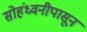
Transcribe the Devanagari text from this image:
सोहंध्वनीपासून